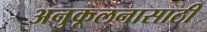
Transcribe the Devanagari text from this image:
अनुकूलनासाठी